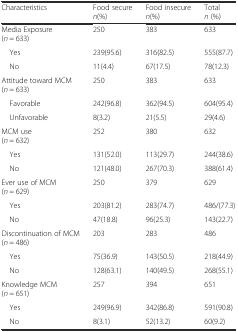
<table><thead><tr><td><b>Characteristics</b></td><td><b>Food secure <i>n</i>(%)</b></td><td><b>Food insecure <i>n</i>(%)</b></td><td><b>Total <i>n</i> (%)</b></td></tr></thead><tbody><tr><td>Media Exposure (<i>n</i> = 633)</td><td>250</td><td>383</td><td>633</td></tr><tr><td> Yes</td><td>239(95.6)</td><td>316(82.5)</td><td>555(87.7)</td></tr><tr><td> No</td><td>11(4.4)</td><td>67(17.5)</td><td>78(12.3)</td></tr><tr><td>Attitude toward MCM(<i>n</i> = 633)</td><td>250</td><td>383</td><td>633</td></tr><tr><td> Favorable</td><td>242(96.8)</td><td>362(94.5)</td><td>604(95.4)</td></tr><tr><td> Unfavorable</td><td>8(3.2)</td><td>21(5.5)</td><td>29(4.6)</td></tr><tr><td>MCM use (<i>n</i> = 632)</td><td>252</td><td>380</td><td>632</td></tr><tr><td> Yes</td><td>131(52.0)</td><td>113(29.7)</td><td>244(38.6)</td></tr><tr><td> No</td><td>121(48.0)</td><td>267(70.3)</td><td>388(61.4)</td></tr><tr><td>Ever use of MCM (<i>n</i> = 629)</td><td>250</td><td>379</td><td>629</td></tr><tr><td> Yes</td><td>203(81.2)</td><td>283(74.7)</td><td>486/(77.3)</td></tr><tr><td> No</td><td>47(18.8)</td><td>96(25.3)</td><td>143(22.7)</td></tr><tr><td>Discontinuation of MCM (<i>n</i> = 486)</td><td>203</td><td>283</td><td>486</td></tr><tr><td> Yes</td><td>75(36.9)</td><td>143(50.5)</td><td>218(44.9)</td></tr><tr><td> No</td><td>128(63.1)</td><td>140(49.5)</td><td>268(55.1)</td></tr><tr><td>Knowledge MCM (<i>n</i> = 651)</td><td>257</td><td>394</td><td>651</td></tr><tr><td> Yes</td><td>249(96.9)</td><td>342(86.8)</td><td>591(90.8)</td></tr><tr><td> No</td><td>8(3.1)</td><td>52(13.2)</td><td>60(9.2)</td></tr></tbody></table>